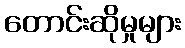
တောင်းဆိုမှုများ